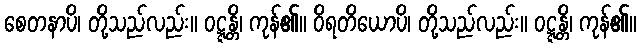
စေတနာပိ၊ တို့သည်လည်း။ ဝဋ္ဋန္တိ၊ ကုန်၏။ ဝိရတိယောပိ၊ တို့သည်လည်း။ ဝဋ္ဋန္တိ၊ ကုန်၏။